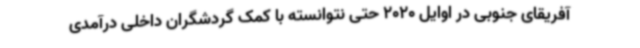
آفریقای جنوبی در اوایل 2020 حتی نتوانسته با کمک گردشگران داخلی درآمدی